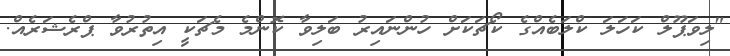
"ލިވަޕޫލް ކަހަލަ ކްލަބެއްގެ ކޯޗަކަށް ހުންނައިރު ބަލިވާ ކޮންމެ މެޗަކީ އިތުރުވާ ޕްރެޝަރެއް.